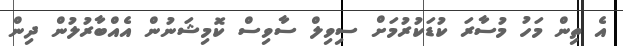
އެ ތިން މަހު މުސާރަ ކުޑަކުރުމަށް ސިވިލް ސާވިސް ކޮމިޝަނުން އެއްބާރުލުން ދިން